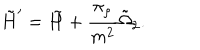
LaTeX: \tilde { H } ^ { \prime } = \tilde { H } + \frac { \pi _ { \rho } } { m ^ { 2 } } \tilde { \Omega } _ { 2 } .